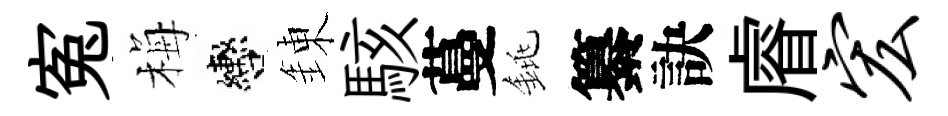
寃梅轡錬駭蔓銚纂訣𥈠宏